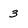
Character: 3